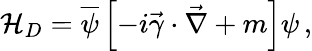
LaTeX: {\mathcal{H}}_{D}={\overline{{\psi}}}\left[-i{\vec{\gamma}}\cdot{\vec{\nabla}}+m\right]\psi\, ,